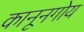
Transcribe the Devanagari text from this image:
कानूनगोय